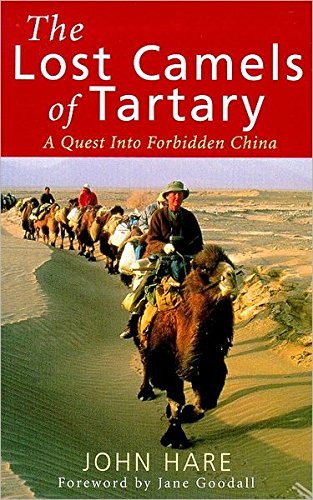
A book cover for The Lost Camels of Tartary; John Hare; Travel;